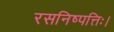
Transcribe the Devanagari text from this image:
रसनिष्पत्तिः।